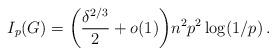
LaTeX: \begin{align*} I_p(G) = \bigg(\frac{\delta^{2/3}}{2} + o(1)\bigg) n^2 p^2 \log (1/p)\,. \end{align*}